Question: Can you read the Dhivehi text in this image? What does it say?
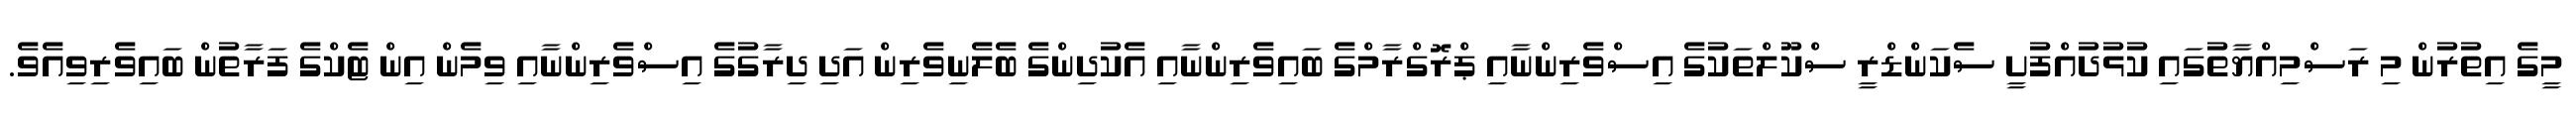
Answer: މީގެ އިތުރުން މި ރަސްމިއްޔާތުގައި ކުޅުދުއްފުށީ ސެކަންޑްރީ ސްކޫލްތަކުގެ އިސްވެރިންނާއި ޕްރޮގްރާމްގެ ބައިވެރިންނާއި އެކުދިންގެ ބެލެނިވެރިން އަދި ދިރާގުގެ އިސްވެރިންނާއި ވިމެން އިން ޓެކްގެ ފަރާތުން ބައިވެރިވިއެވެ.